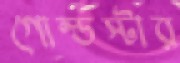
গোল্ডস্টার